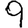
Digit: 9